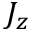
J _ { z }